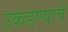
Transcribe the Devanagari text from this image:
उकडण्याचे